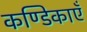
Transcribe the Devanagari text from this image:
कण्डिकाएँ